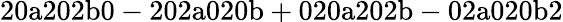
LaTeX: \mathrm{20a202b0-202a020b+020a202b-02a020b2}